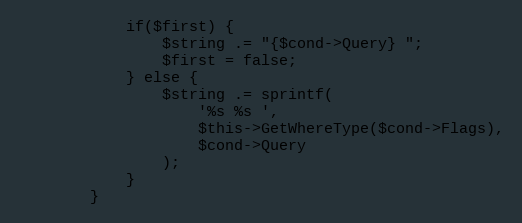
Language: PHP
			if($first) {
				$string .= "{$cond->Query} ";
				$first = false;
			} else {
				$string .= sprintf(
					'%s %s ',
					$this->GetWhereType($cond->Flags),
					$cond->Query
				);
			}
		}